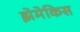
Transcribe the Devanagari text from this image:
झेमेकिस